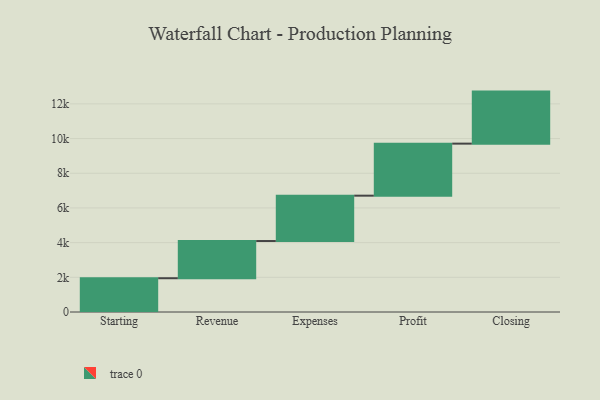
{"axis": {"x": "Step", "y": "Value"}, "legend": [""], "data": [{"x": "Starting", "y": 1947.0, "type": ""}, {"x": "Revenue", "y": 2145.0, "type": ""}, {"x": "Expenses", "y": 2615.0, "type": ""}, {"x": "Profit", "y": 3000, "type": ""}, {"x": "Closing", "y": 3000, "type": ""}]}